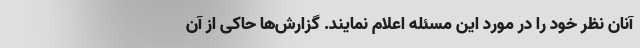
آنان نظر خود را در مورد این مسئله اعلام نمایند. گزارش‌ها حاکی از آن